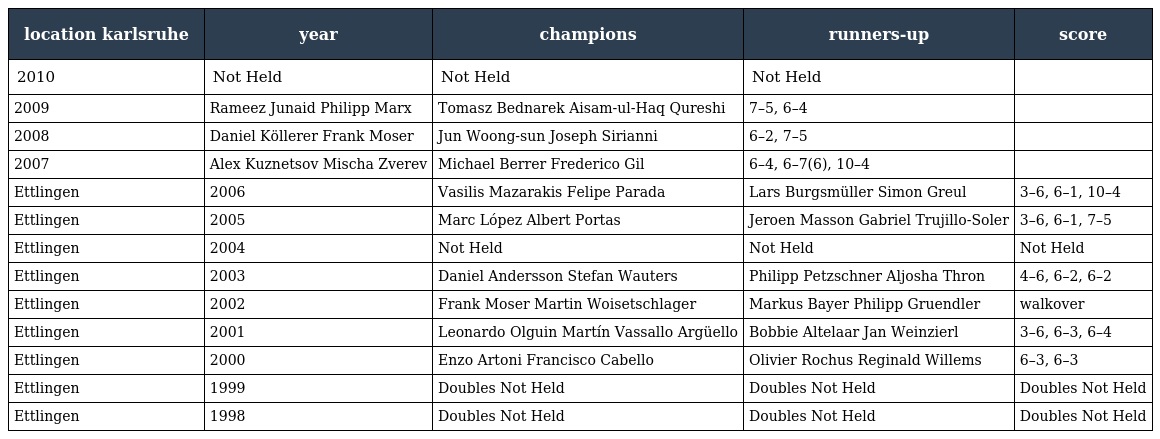
| location karlsruhe | year | champions | runners-up | score |
 | --- | --- | --- | --- | --- |
 | 2010 | Not Held | Not Held | Not Held |  |
 | 2009 | Rameez Junaid Philipp Marx | Tomasz Bednarek Aisam-ul-Haq Qureshi | 7–5, 6–4 |  |
 | 2008 | Daniel Köllerer Frank Moser | Jun Woong-sun Joseph Sirianni | 6–2, 7–5 |  |
 | 2007 | Alex Kuznetsov Mischa Zverev | Michael Berrer Frederico Gil | 6–4, 6–7(6), 10–4 |  |
 | Ettlingen | 2006 | Vasilis Mazarakis Felipe Parada | Lars Burgsmüller Simon Greul | 3–6, 6–1, 10–4 |
 | Ettlingen | 2005 | Marc López Albert Portas | Jeroen Masson Gabriel Trujillo-Soler | 3–6, 6–1, 7–5 |
 | Ettlingen | 2004 | Not Held | Not Held | Not Held |
 | Ettlingen | 2003 | Daniel Andersson Stefan Wauters | Philipp Petzschner Aljosha Thron | 4–6, 6–2, 6–2 |
 | Ettlingen | 2002 | Frank Moser Martin Woisetschlager | Markus Bayer Philipp Gruendler | walkover |
 | Ettlingen | 2001 | Leonardo Olguin Martín Vassallo Argüello | Bobbie Altelaar Jan Weinzierl | 3–6, 6–3, 6–4 |
 | Ettlingen | 2000 | Enzo Artoni Francisco Cabello | Olivier Rochus Reginald Willems | 6–3, 6–3 |
 | Ettlingen | 1999 | Doubles Not Held | Doubles Not Held | Doubles Not Held |
 | Ettlingen | 1998 | Doubles Not Held | Doubles Not Held | Doubles Not Held |